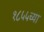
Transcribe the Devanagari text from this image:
१८५५च्या